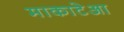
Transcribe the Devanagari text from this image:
माकाटेआ